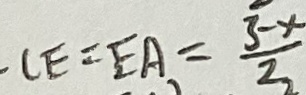
C E = E A = \frac { 3 - x } { 2 }